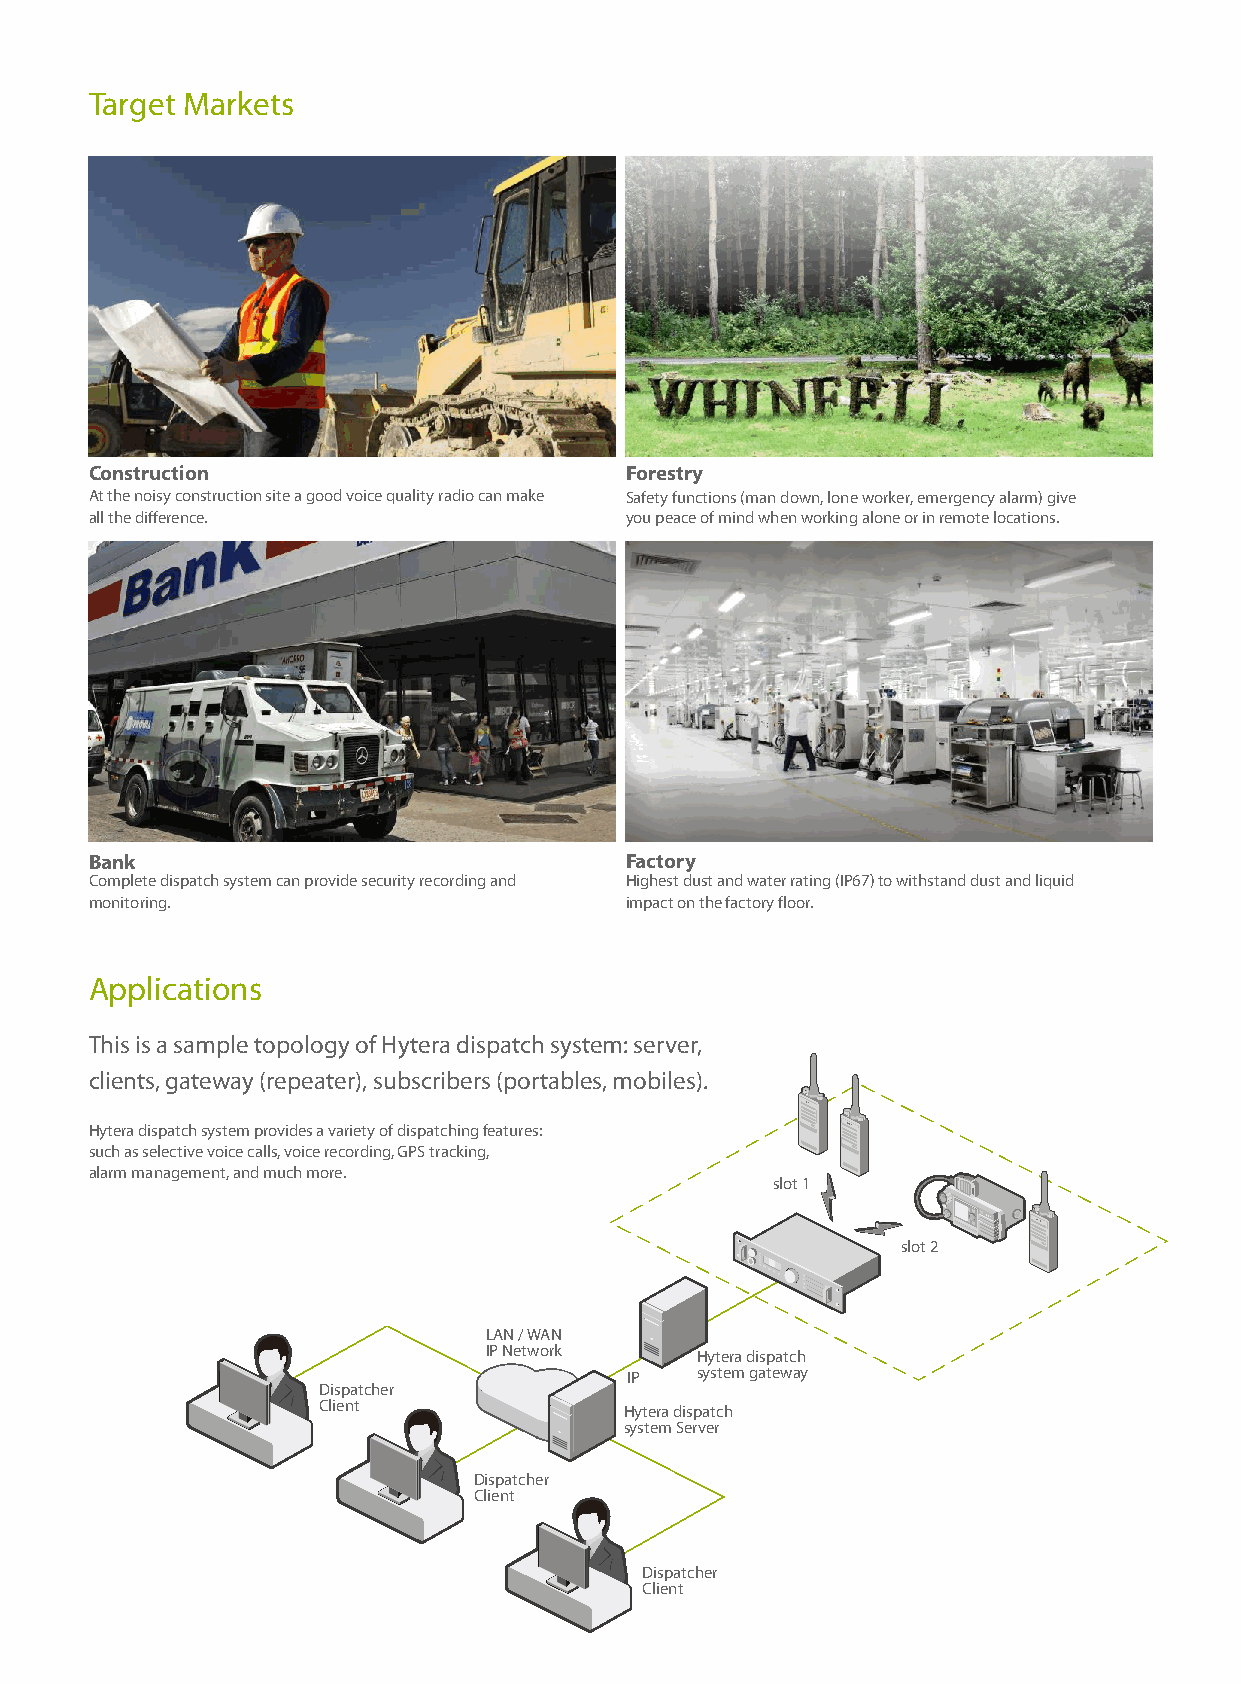
Target Markets
 Construction                       Forestry
 At the noisy construction site a good voice quality radio can make Safety functions (man down, lone worker, emergency alarm) give
 all the difference.                you peace of mind when working alone or in remote locations.
 Bank                               Factory
 Complete dispatch system can provide security recording and Highest dust and water rating (IP67) to withstand dust and liquid
 monitoring.                        impact on the factory floor.
 Applications
 This is a sample topology of Hytera dispatch system: server,
 clients, gateway (repeater), subscribers (portables, mobiles).
 Hytera dispatch system provides a variety of dispatching features:
 such as selective voice calls, voice recording, GPS tracking,
 alarm management, and much more.
 slot 1
 slot 2
 LAN / WAN
 IP Network    Hytera dispatch
 IP   system gateway
 Dispatcher
 Client              Hytera dispatch
 system Server
 Dispatcher
 Client
 Dispatcher
 Client